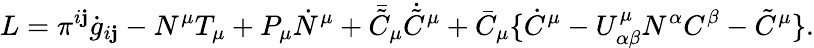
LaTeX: L=\pi^{i\mathbf{j}}\dot{{g}}_{i\mathbf{j}}-N^{\mu}T_{\mu}+P_{\mu}\dot{{N}}^{\mu}+\bar{{\tilde{{C}}}}_{\mu}\dot{{\tilde{{C}}}}^{\mu}+\bar{{C}}_{\mu}\{ \dot{{C}}^{\mu}-U_{\alpha\beta}^{\mu}N^{\alpha}C^{\beta}-\tilde{{C}}^{\mu}\} .